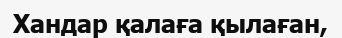
Хандар қалаға қылаған,